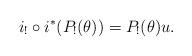
LaTeX: \begin{align*}i_!\circ i^\ast (P_!(\theta))=P_!(\theta) u.\end{align*}